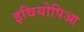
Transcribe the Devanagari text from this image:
इथियोपिआ